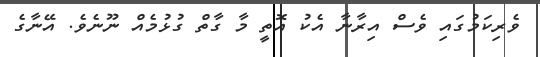
ވެރިކަމުގައި ވެސް އިރާނާ އެކު އޮތީ މާާ ގާާތް ގުޅުމެއް ނޫނެވެ. އޭނާގެ